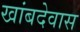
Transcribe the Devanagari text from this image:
खांबदेवास